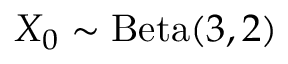
X _ { 0 } \sim \mathrm { B e t a } ( 3 , 2 )